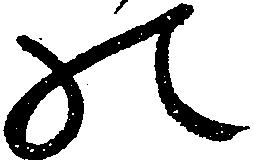
の